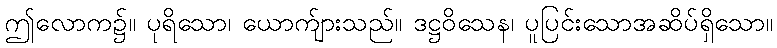
ဤလောက၌။ ပုရိသော၊ ယောက်ျားသည်။ ဒဋ္ဌဝိသေန၊ ပူပြင်းသောအဆိပ်ရှိသော။